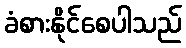
ခံစားနိုင်စေပါသည်